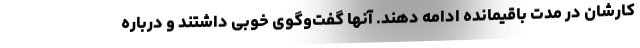
کارشان در مدت باقیمانده ادامه دهند. آنها گفت‌وگوی خوبی داشتند و درباره